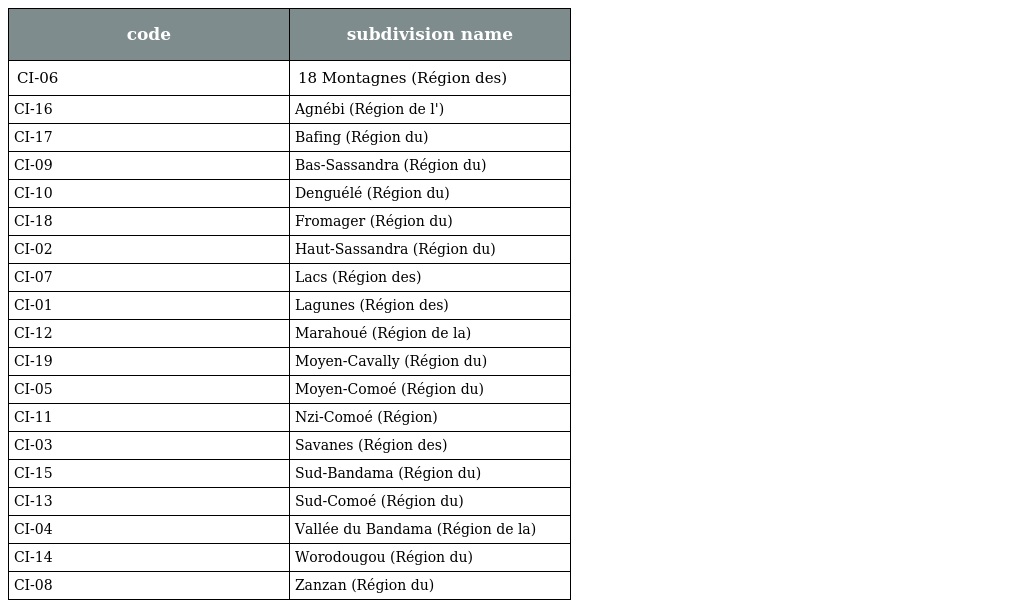
| code | subdivision name |
 | --- | --- |
 | CI-06 | 18 Montagnes (Région des) |
 | CI-16 | Agnébi (Région de l') |
 | CI-17 | Bafing (Région du) |
 | CI-09 | Bas-Sassandra (Région du) |
 | CI-10 | Denguélé (Région du) |
 | CI-18 | Fromager (Région du) |
 | CI-02 | Haut-Sassandra (Région du) |
 | CI-07 | Lacs (Région des) |
 | CI-01 | Lagunes (Région des) |
 | CI-12 | Marahoué (Région de la) |
 | CI-19 | Moyen-Cavally (Région du) |
 | CI-05 | Moyen-Comoé (Région du) |
 | CI-11 | Nzi-Comoé (Région) |
 | CI-03 | Savanes (Région des) |
 | CI-15 | Sud-Bandama (Région du) |
 | CI-13 | Sud-Comoé (Région du) |
 | CI-04 | Vallée du Bandama (Région de la) |
 | CI-14 | Worodougou (Région du) |
 | CI-08 | Zanzan (Région du) |